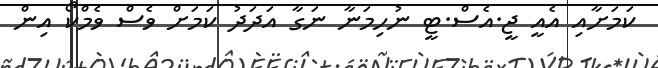
ކަމަށާއި އެއީ ޖީ.އެސް.ޓީ ނުހިމަނާ ނަގާ އަދަދު ކަމަށް ވެސް ވެމްކޯ އިން